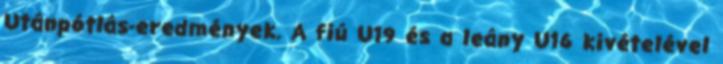
Utánpótlás-eredmények. A fiú U19 és a leány U16 kivételével